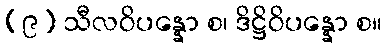
(၉) သီလဝိပန္နော စ၊ ဒိဋ္ဌိဝိပန္နော စ။